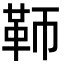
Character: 𩉰